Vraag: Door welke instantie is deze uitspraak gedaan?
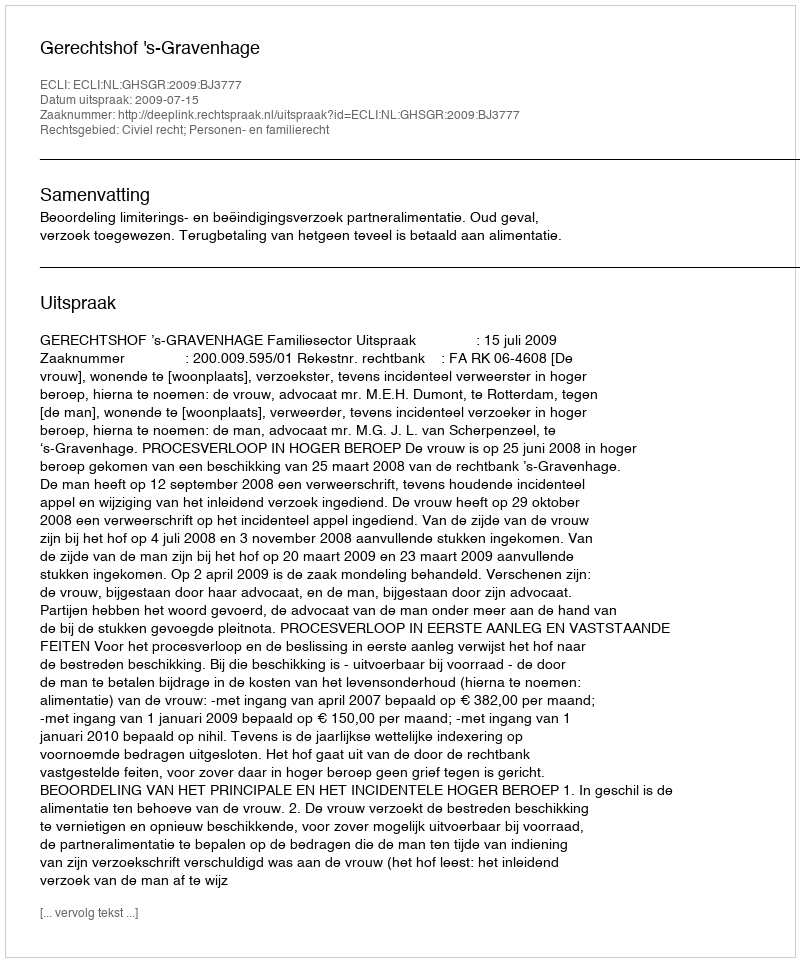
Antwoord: Gerechtshof 's-Gravenhage